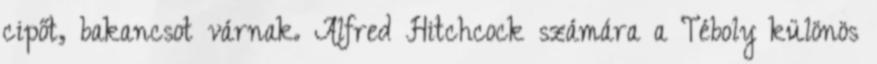
cipőt, bakancsot várnak. Alfred Hitchcock számára a Téboly különös